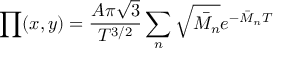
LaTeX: \prod ( x , y ) = \frac { A \pi \sqrt { 3 } } { T ^ { 3 / 2 } } \sum _ { n } \sqrt { \bar { M _ { n } } } e ^ { - \bar { M } _ { n } T }